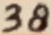
Text: 38